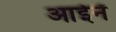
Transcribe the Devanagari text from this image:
आईनें